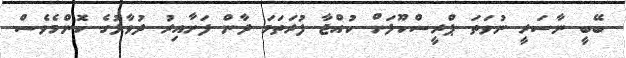
ބޭބީ ނާސަރީ ނުވަތަ ޕްރީސްކޫލަށް ކުއްޖާ ފުރަތަމަ ދާން ފަށާއިރު ދުވާލުގެ ކޮންމެވެސް